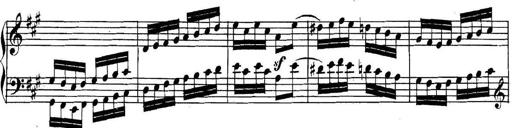
Title: Collected Piano Sonatas
Composer: Muzio Clementi